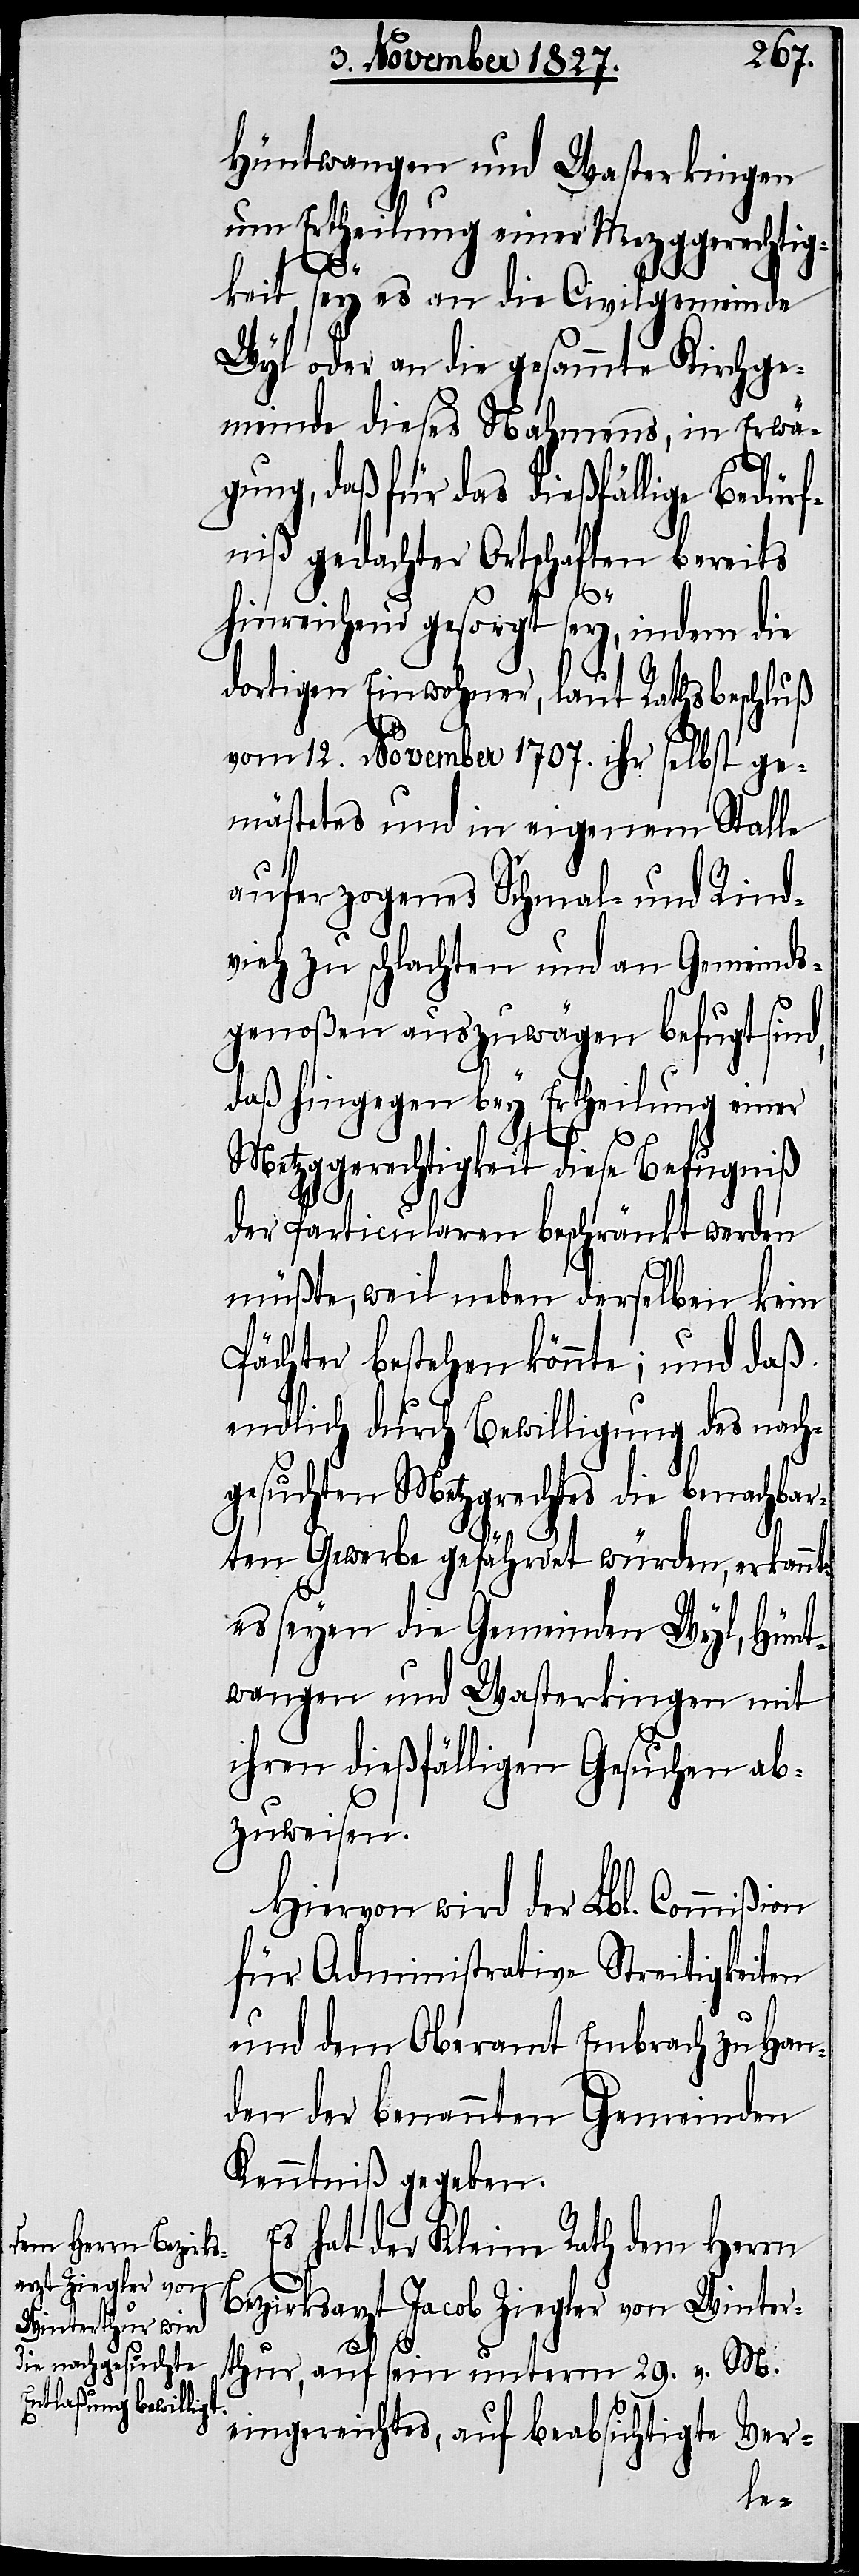
Hüntwangen und Wasterkingen
um Ertheilung einer Mezggerechtig¬
keit, sey es an die Civilgemeinde
Wyl oder an die gesammte Kirchge¬
meinde dieses Nahmens, in Erwä¬
gung, daß für das dießfällige Bedürf¬
niß gedachter Ortschaften bereits
hinreichend gesorgt sey, indem die
dortigen Einwohner, laut Rathsbeschluß
vom 12. November 1707. ihr selbst ge¬
mästetes und in eigenem Stalle
aufgezogenes Schmal- und Rind¬
vieh zu schlachten und an Gemeinds¬
genoßen auszuwägen befugt sind,
daß hingegen bey Ertheilung einer
Metzggerechtigkeit diese Befugniß
der Particularen beschränkt werden
müßte, weil neben derselben kein
Pächter bestehen könnte; und daß
endlich durch Bewilligung des nach¬
gesuchten Metzgrechtes die benachbar¬
ten Gewerbe gefährdet würden, erkannt:
es seyen die Gemeinden Wyl, Hünt¬
wangen und Wasterkingen mit
ihren dießfälligen Gesuchen ab¬
zuweisen.
Hiervon wird der Lbl. Commißion
für Administrative Streitigkeiten
und dem Oberamt Embrach zu Han¬
den der benannten Gemeinden
Kenntniß gegeben.